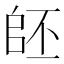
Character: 𠃂